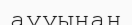
аууынан